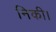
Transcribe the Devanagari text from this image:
निकी।